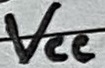
Text: VCC